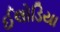
ઈલોડિયા